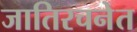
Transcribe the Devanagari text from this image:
जातिरचनेत